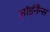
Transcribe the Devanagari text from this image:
ऑर्डनैन्स